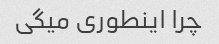
چرا اینطوری میگی